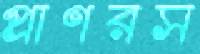
প্রাণরস